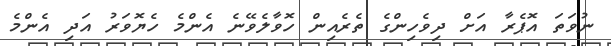
ނުވަތަ އޮޕެރާ އަށް ދިވެހިންގެ ތެރެއިން ހޮވާލެވޭނެ އެންމެ ހެޔޮވަރު އަދި އެންމެ